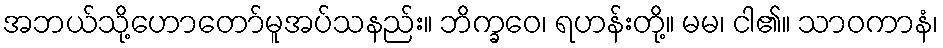
အဘယ်သို့ဟောတော်မူအပ်သနည်း။ ဘိက္ခဝေ၊ ရဟန်းတို့။ မမ၊ ငါ၏။ သာဝကာနံ၊